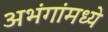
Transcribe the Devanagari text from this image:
अभंगांमध्ये